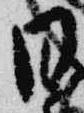
日